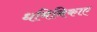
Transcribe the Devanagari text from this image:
धमिनिकाए